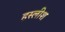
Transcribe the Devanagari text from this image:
हस्लीश